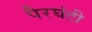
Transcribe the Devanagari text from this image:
पैरघंटी